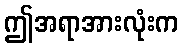
ဤအရာအားလုံးက